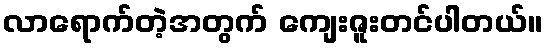
လာရောက်တဲ့အတွက် ကျေးဇူးတင်ပါတယ်။